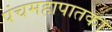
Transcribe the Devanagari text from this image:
पंचमहापातका